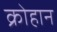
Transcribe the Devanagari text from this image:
क्रोहान